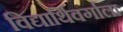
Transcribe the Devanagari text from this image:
विद्यार्थिवर्गाला